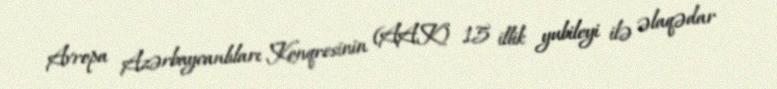
Avropa Azərbaycanlıları Konqresinin (AAK) 15 illik yubileyi ilə əlaqədar